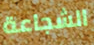
الشجاعة